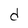
Character: d